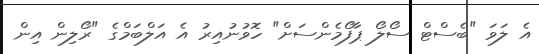
އެ ލަވަ "ބެސްޓް ސޯލޯ ޕާފޯމެންސަށް" ހޮވުނުއިރު އެ އަލްބަމްގެ "ރޯލިން އިން